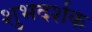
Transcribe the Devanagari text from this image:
शुभदर्शक